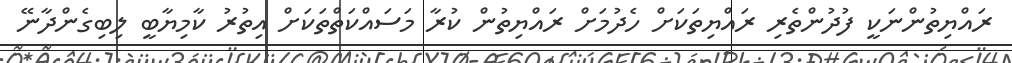
ރައްޔިތުންނަކީ ފުދުންތެރި ރައްޔިތަކަށް ހެދުމަށް ރައްޔިތުން ކުރާ މަސައްކަތްތަކަށް އިތުރު ކާމިޔާބީ ލިބިގެންދާނޭ